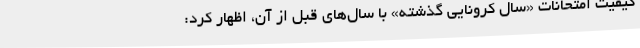
کیفیت امتحانات «سال کرونایی گذشته» با سال‌های قبل از آن، اظهار کرد: